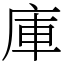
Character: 庫